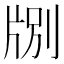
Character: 𪺤